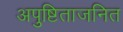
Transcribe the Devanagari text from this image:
अपुष्टिताजनित